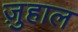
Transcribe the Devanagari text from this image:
ज़ुहाल